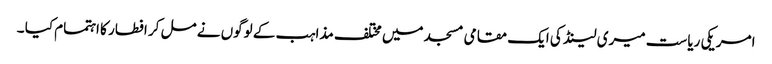
امریکی ریاست میری لینڈ کی ایک مقامی مسجد میں مختلف مذاہب کے لوگوں نے مل کر افطار کا اہتمام کیا ۔